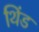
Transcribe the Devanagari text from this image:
थिंड